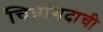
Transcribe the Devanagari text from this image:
चित्रांगदाची